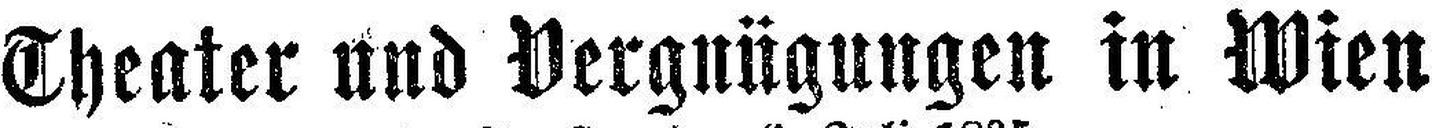
Theater und Vergnügungen in Wien